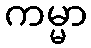
ကမ္မာ